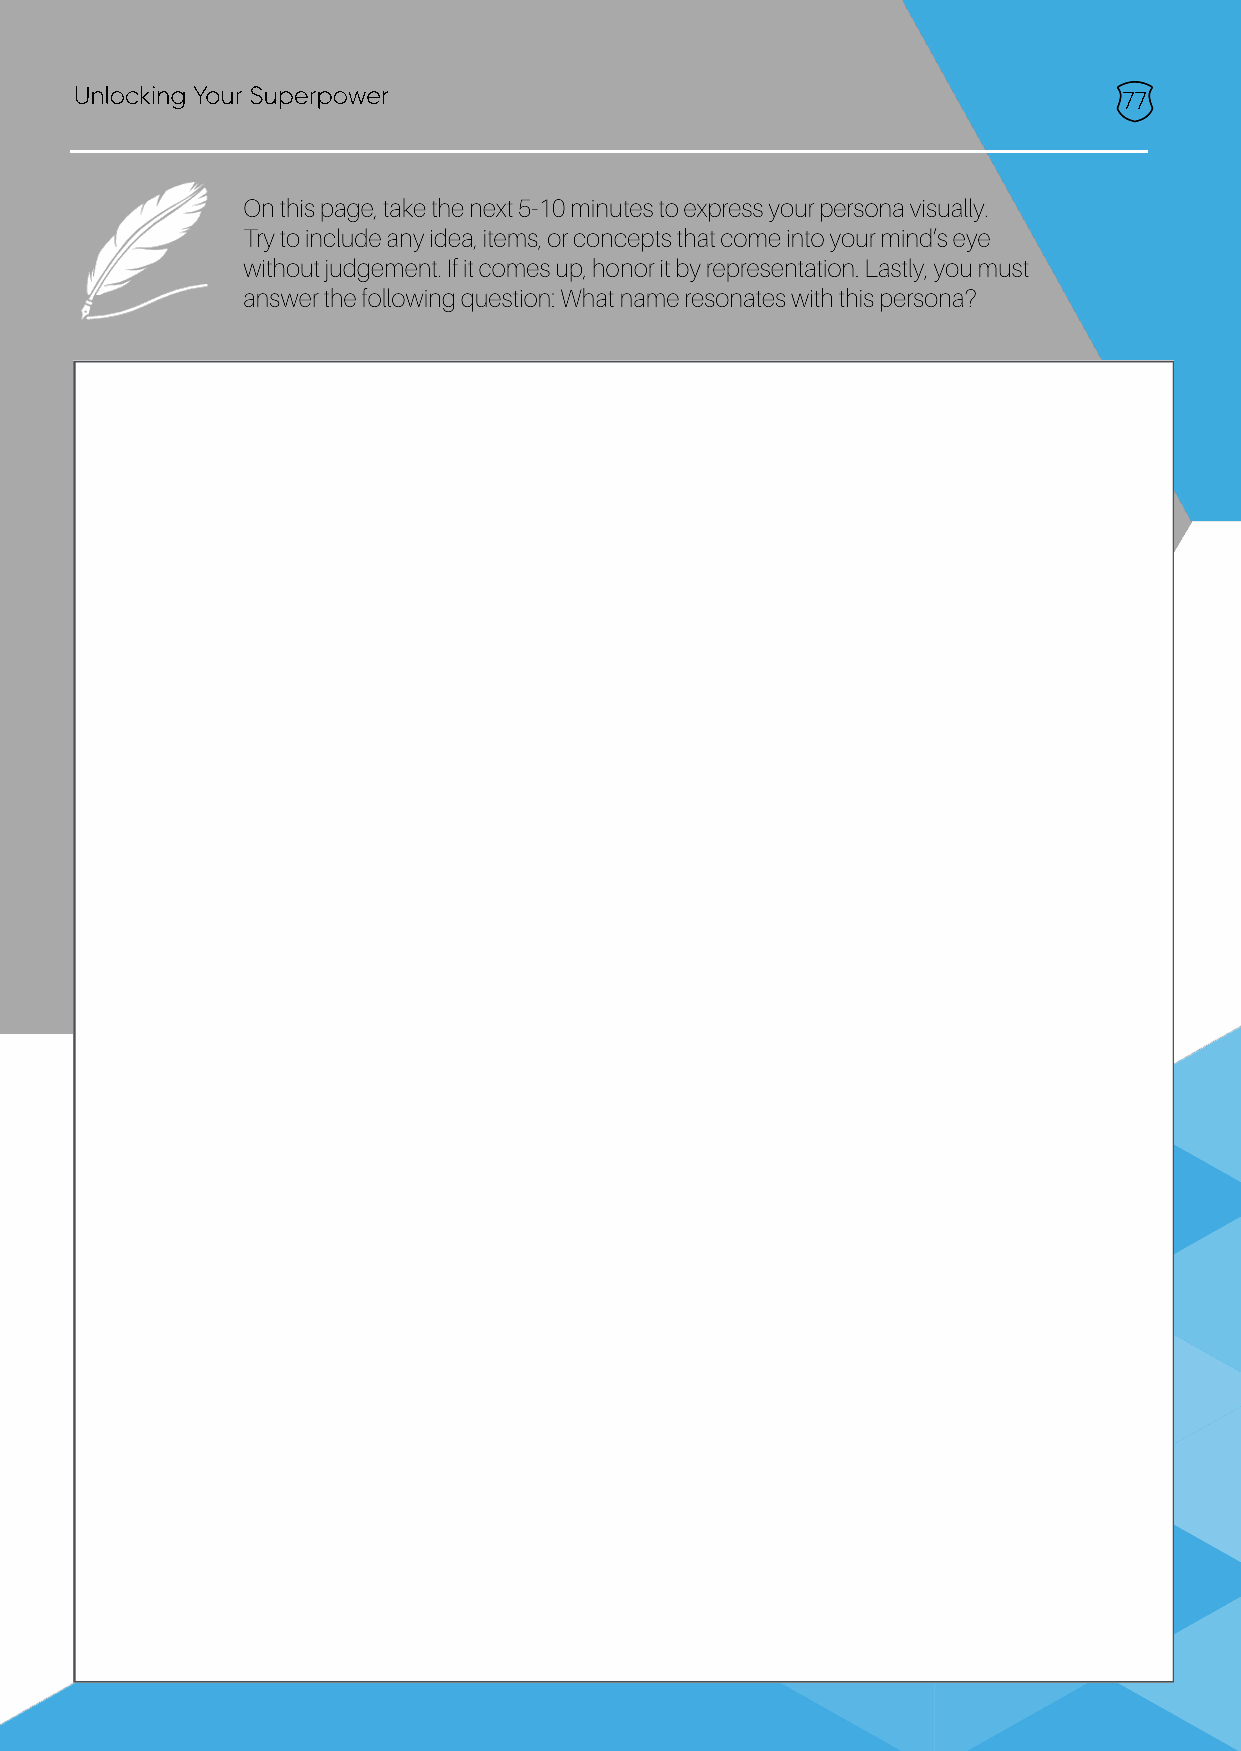
Unlocking Your Superpower                                            77